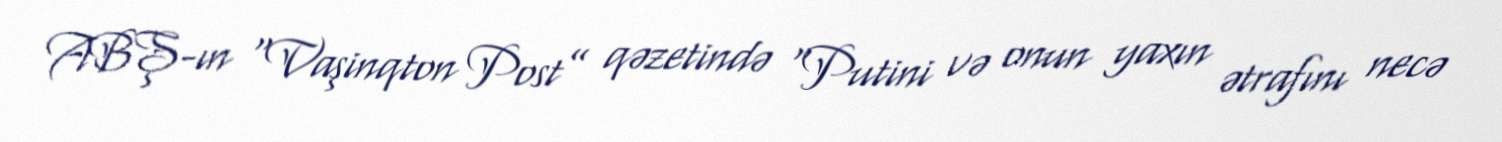
ABŞ-ın “Vaşinqton Post” qəzetində “Putini və onun yaxın ətrafını necə